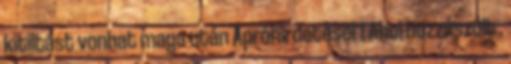
kitiltást vonhat maga után Apróhirdetései 1 Ahol hozzászólt .